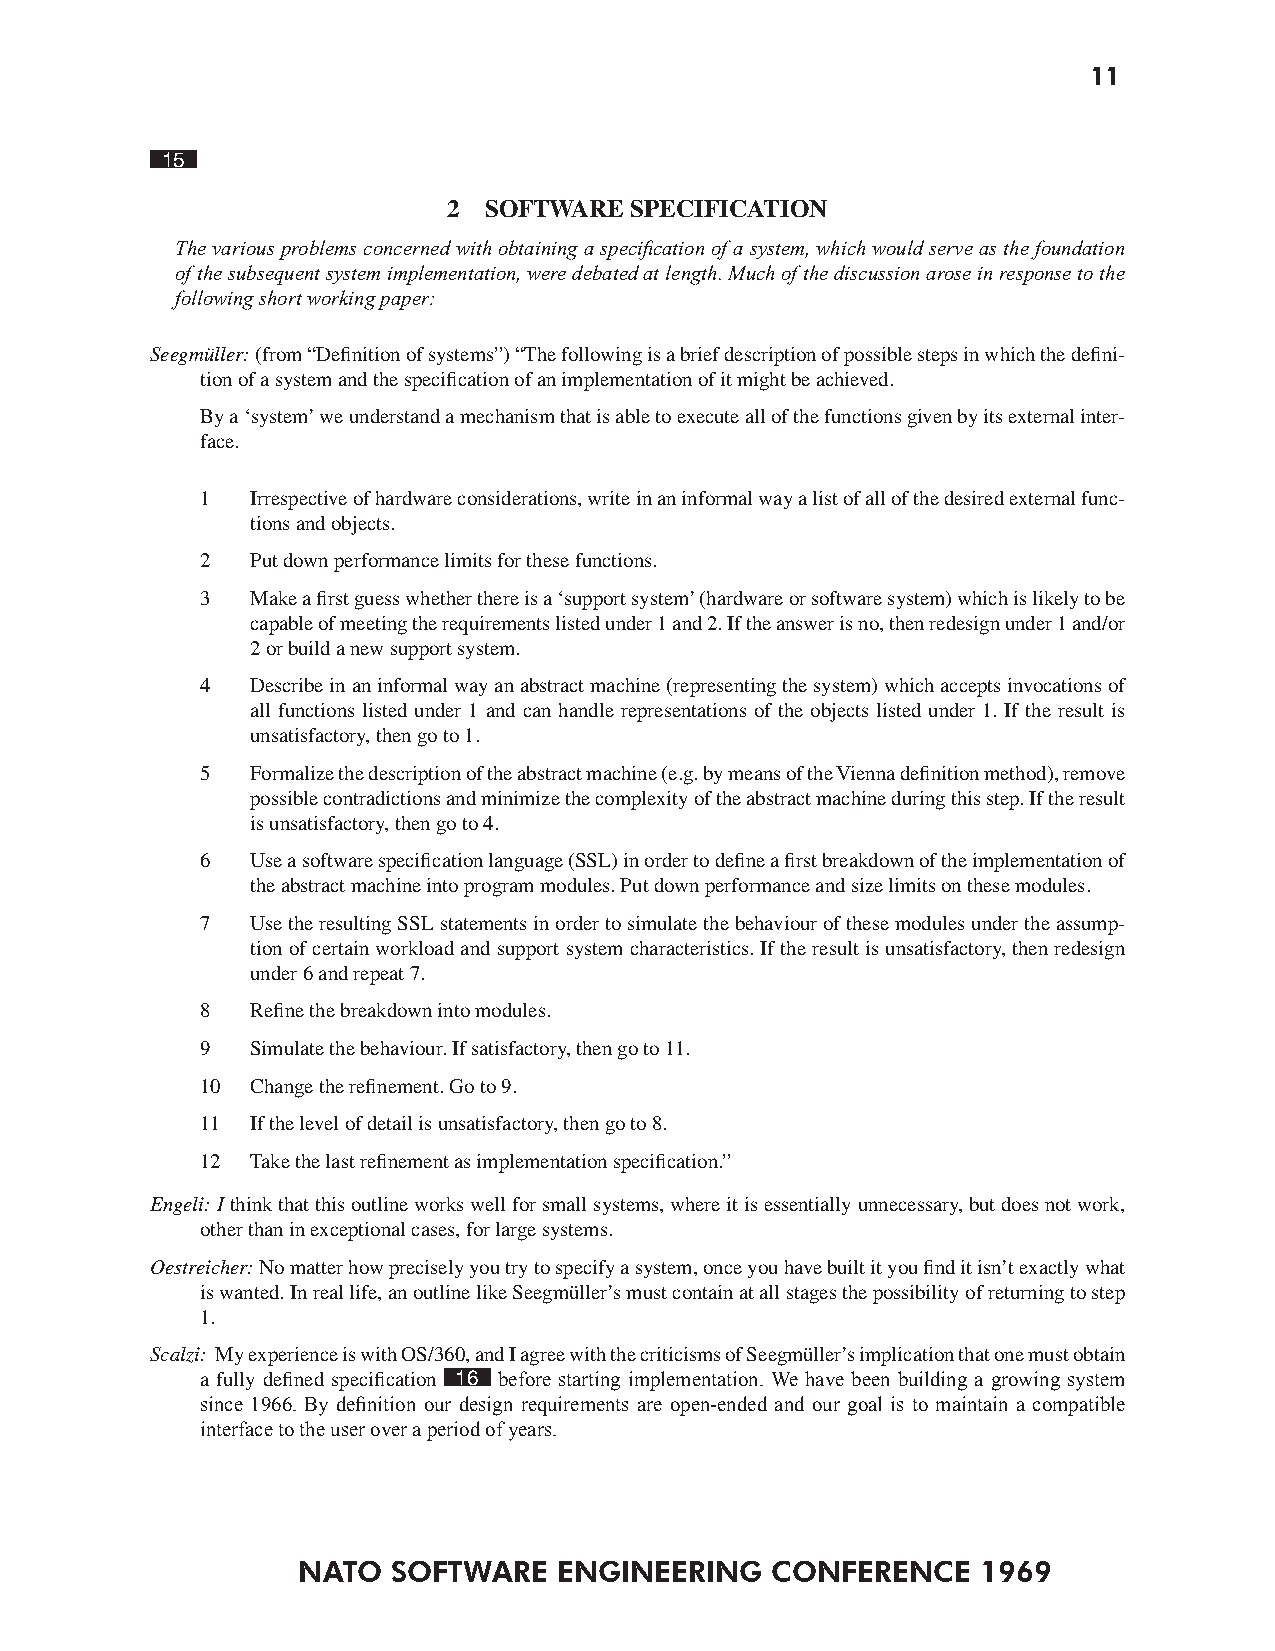
11
 15
 2 SOFTWARE  SPECIFICATION
 The various problems concerned with obtaining a specication of a system, which would serve as the foundation
 of the subsequent system implementation, were debated at length. Much of the discussion arose in response to the
 following short working paper:
 Seegmüller: (from “Definition of systems”) “The following is a brief description of possible steps in which the defini-
 tion of a system and the specification of an implementation of it might be achieved.
 By a ‘system’ we understand a mechanism that is able to execute all of the functions given by its external inter-
 face.
 1   Irrespective of hardware considerations, write in an informal way a list of all of the desired external func-
 tions and objects.
 2   Put down performance limits for these functions.
 3   Make a first guess whether there is a ‘support system’ (hardware or software system) which is likely to be
 capable of meeting the requirements listed under 1 and 2. If the answer is no, then redesign under 1 and/or
 2 or build a new support system.
 4   Describe in an informal way an abstract machine (representing the system) which accepts invocations of
 all functions listed under 1 and can handle representations of the objects listed under 1. If the result is
 unsatisfactory, then go to 1.
 5   Formalize the description of the abstract machine (e.g. by means of the Vienna definition method), remove
 possible contradictions and minimize the complexity of the abstract machine during this step. If the result
 is unsatisfactory, then go to 4.
 6   Use a software specification language (SSL) in order to define a first breakdown of the implementation of
 the abstract machine into program modules. Put down performance and size limits on these modules.
 7   Use the resulting SSL statements in order to simulate the behaviour of these modules under the assump-
 tion of certain workload and support system characteristics. If the result is unsatisfactory, then redesign
 under 6 and repeat 7.
 8   Refine the breakdown into modules.
 9   Simulate the behaviour. If satisfactory, then go to 11.
 10  Change the refinement. Go to 9.
 11  If the level of detail is unsatisfactory, then go to 8.
 12  Take the last refinement as implementation specification.”
 Engeli: I think that this outline works well for small systems, where it is essentially unnecessary, but does not work,
 other than in exceptional cases, for large systems.
 Oestreicher: No matter how precisely you try to specify a system, once you have built it you find it isn’t exactly what
 is wanted. In real life, an outline like Seegmüller’s must contain at all stages the possibility of returning to step
 1.
 Scalzi: My experience is with OS/360, and I agree with the criticisms of Seegmüller’s implication that one must obtain
 a fully defined specification 16 before starting implementation. We have been building a growing system
 since 1966. By denition our design requirements are open-ended and our goal is to maintain a compatible
 interface to the user over a period of years.
 NATO  SOFTWARE   ENGINEERING   CONFERENCE    1969